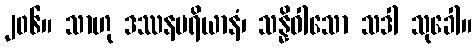
၂၀၆။ သာဟု ဒဿနမရိယာနံ၊ သန္နိဝါသော သဒါ သုခေါ။